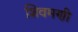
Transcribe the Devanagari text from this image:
शिवमणी